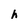
Character: h